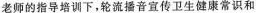
老师的指导培训下，轮流播音宣传卫生健康常识和